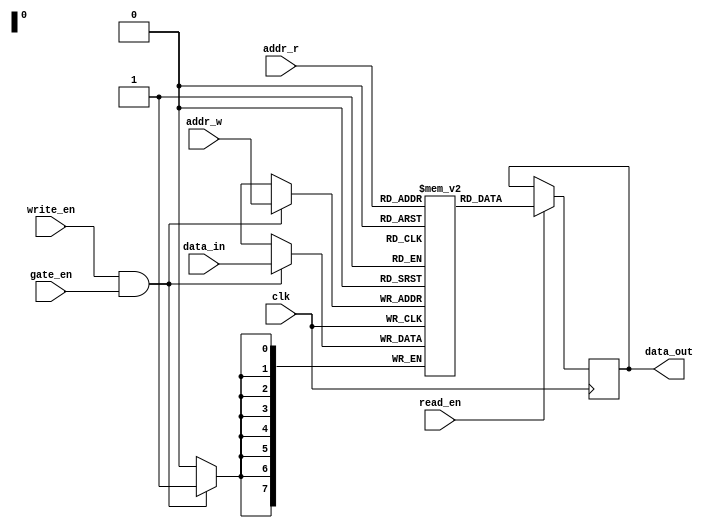
module dual_port_ram (
    input wire clk,
    input wire [7:0] data_in,
    input wire [7:0] addr_w,
    input wire [7:0] addr_r,
    input wire write_en,
    input wire read_en,
    input wire gate_en,
    output wire [7:0] data_out
);

reg [7:0] memory [0:255];

always @(posedge clk) begin
    if(write_en && gate_en) begin
        memory[addr_w] <= data_in;
    end

    if(read_en) begin
        data_out <= memory[addr_r];
    end
end

endmodule